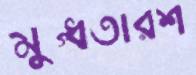
মুগ্ধতারশ